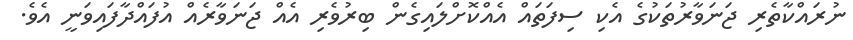
ނުރައްކާތެރި ޖަނަވާރުތަކުގެ އެކި ސިފަތައް އެއްކޮށްލައިގެން ބިރުވެރި އެއް ޖަނަވާރެއް އުފައްދާފައިވަނީ އެވެ.